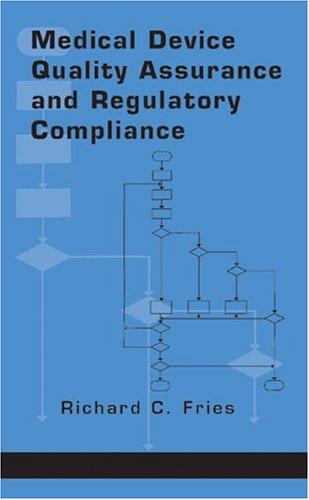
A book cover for Medical Device Quality Assurance and Regulatory Compliance; Richard C. Fries; Medical Books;